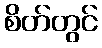
စိတ်တွင်